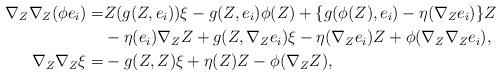
LaTeX: \begin{align*}\nabla_{Z} \nabla_{Z} (\phi e_{i})=&Z(g(Z, e_{i})) \xi - g(Z, e_{i}) \phi (Z)+\{ g(\phi(Z), e_{i}) - \eta (\nabla_{Z} e_{i}) \} Z \\&- \eta (e_{i}) \nabla_{Z} Z +g(Z, \nabla_{Z} e_{i}) \xi - \eta (\nabla_{Z} e_{i}) Z +\phi (\nabla_{Z} \nabla_{Z} e_{i}), \\\nabla_{Z} \nabla_{Z} \xi=&- g(Z, Z) \xi + \eta (Z) Z - \phi (\nabla_{Z} Z), \end{align*}